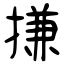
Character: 搛